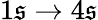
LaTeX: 1\mathfrak{s}\to4\mathfrak{s}